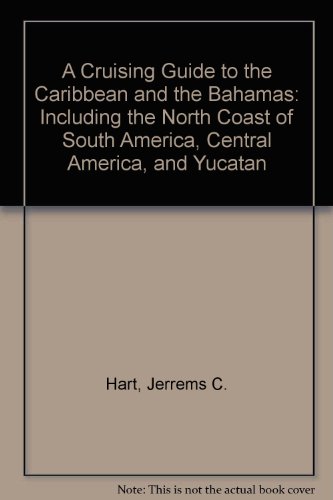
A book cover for A Cruising  Guide to the Caribbean and the Bahamas, Including the North Coast of South America, Central America, and Yucatan; Jerems C. Hart; Travel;